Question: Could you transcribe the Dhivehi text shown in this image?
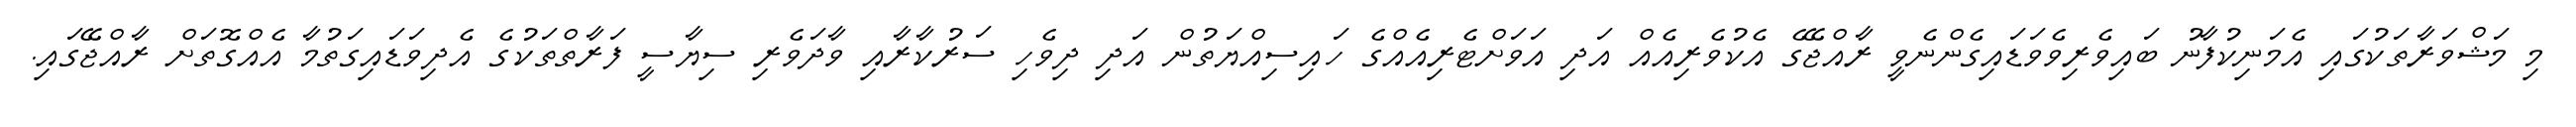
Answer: މި މަޝްވަރާތަކުގައި އެމަނިކުފާނު ބައިވެރިވެވަޑައިގެންނެވީ ރާއްޖޭގެ އެކުވެރިއެއް އަދި އަވަށްޓެރިއެއްގެ ހައިސިއްޔަތުން އަދި ދިވެހި ސަރުކާރާއި ވާދަވެރި ސިޔާސީ ފަރާތްތަކުގެ އެދިވަޑައިގަތުމާ އެއްގޮތަށް ރާއްޖޭގައި.